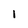
Character: l